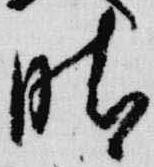
晴